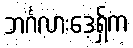
ဘင်္ဂလားဒေ့ရှ်က